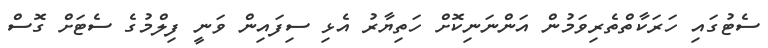
ސެޓުގައި ހަރަކާތްތެރިވަމުން އަންނަނިކޮށް ހަތިޔާރު އެޅި ސިފައިން ވަނީ ފިލްމުގެ ސެޓަށް ގޮސް